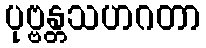
ပုဗ္ဗန္တသဟဂတာ